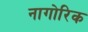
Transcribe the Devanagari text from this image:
नागोरिक